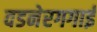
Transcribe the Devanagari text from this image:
वडनेरगगाई